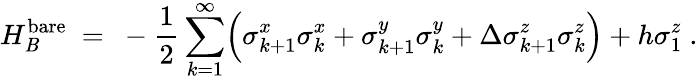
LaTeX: H_{\mathit{B}}^{\mathrm{{bare}}}~=~-\frac{{1}}{{2}}\sum_{k=1}^{\infty}\Bigl(\sigma_{k+1}^{x}\sigma_{k}^{x}+\sigma_{k+1}^{y}\sigma_{k}^{y}+\Delta\sigma_{k+1}^{z}\sigma_{k}^{z}\Bigr)+h\sigma_{1}^{z}~.